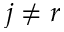
j \neq r